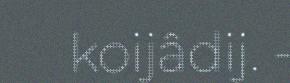
koijâdij. -